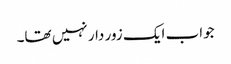
جواب ایک زور دار نہیں تھا۔